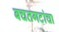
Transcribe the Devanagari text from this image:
बचतगटांचा